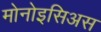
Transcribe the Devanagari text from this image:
मोनोइसिअस